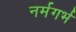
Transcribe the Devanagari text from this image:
नर्मगर्भ